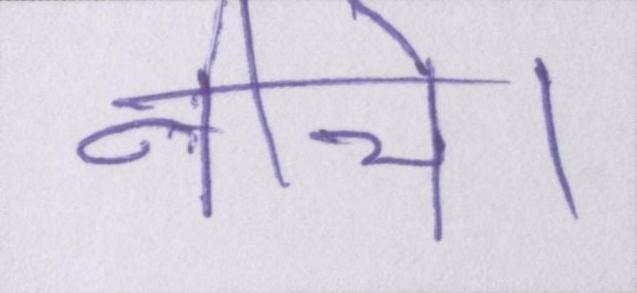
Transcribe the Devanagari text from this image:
नीचे।